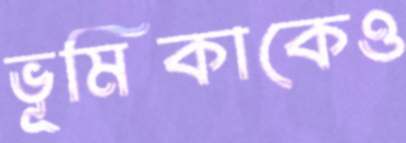
ভূমিকাকেও